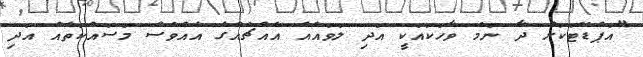
"އަޕްޑޭޓަކަށް ދާ ނަމަ ވާހަކައަކީ އަދި ލަވައެއް އެއްޗެއްގެ އެއްވެސް މަސައްކަތެއް އަދި